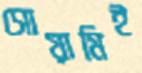
সোয়ামিই